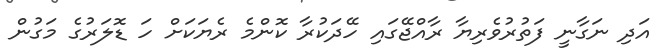
އަދި ނަގާނީ ފަތުރުވެރިޔާ ރާއްޖޭގައި ހޭދަކުރާ ކޮންމެ ރެޔަކަށް ހަ ޑޮލަރުގެ މަގުން